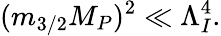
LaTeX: (m_{3/2}M_{P})^{2}\ll\Lambda_{I}^{4}.